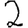
Digit: 2